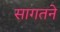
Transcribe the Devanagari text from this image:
सागतने